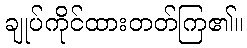
ချုပ်ကိုင်ထားတတ်ကြ၏။